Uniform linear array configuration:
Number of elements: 48
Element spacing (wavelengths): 1
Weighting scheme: hann
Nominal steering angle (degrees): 60
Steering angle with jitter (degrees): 61.376
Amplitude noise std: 0.05
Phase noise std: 0.05

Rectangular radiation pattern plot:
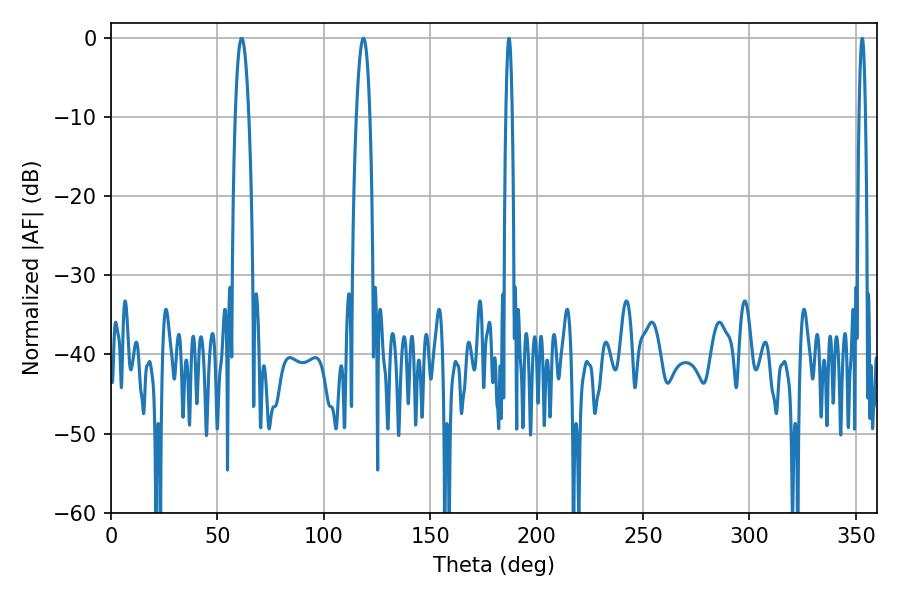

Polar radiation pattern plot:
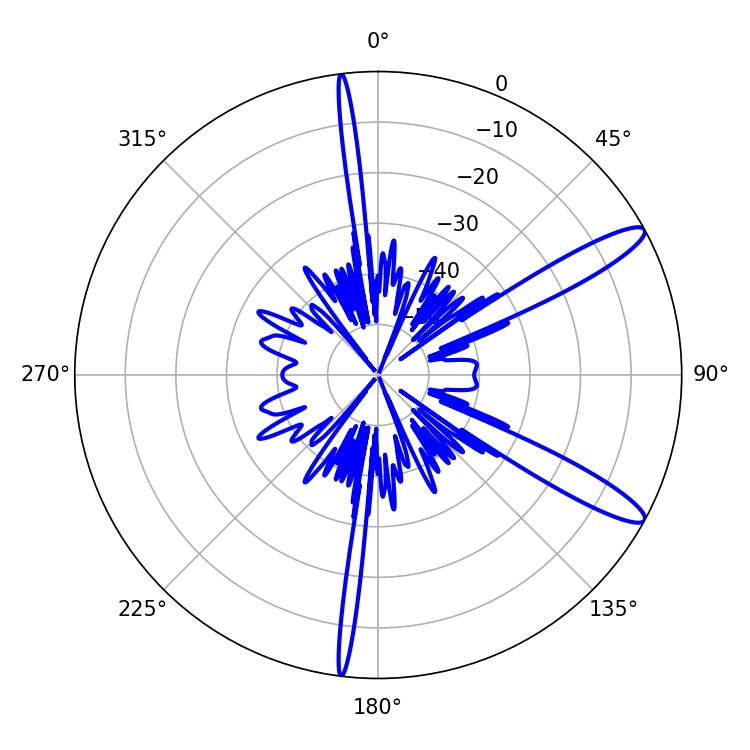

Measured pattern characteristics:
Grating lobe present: TRUE
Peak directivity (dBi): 12.617
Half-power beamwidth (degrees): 3.42
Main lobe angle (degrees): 61.38